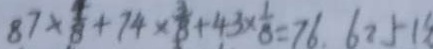
8 7 + \frac { 4 } { 8 } + 7 4 \times \frac { 3 } { 8 } + 4 3 \times \frac { 1 } { 8 } = 7 6 . 6 2 5 1 5